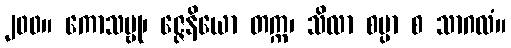
၂၀၀။ ကောသမ္ဗု၊ ဇ္ဇေနိယော တက္က၊ သိလာ စမ္ပာ စ သာဂလံ။